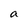
Character: a